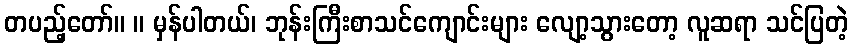
တပည့်တော်။ ။ မှန်ပါတယ်၊ ဘုန်းကြီးစာသင်ကျောင်းများ လျော့သွားတော့ လူဆရာ သင်ပြတဲ့